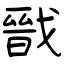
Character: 戩